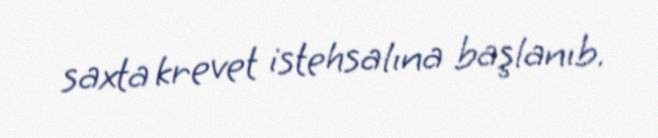
saxta krevet istehsalına başlanıb.